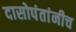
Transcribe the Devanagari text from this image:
दासोपंतांनीच